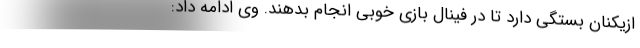
ازیکنان بستگی دارد تا در فینال بازی خوبی انجام بدهند. وی ادامه داد: